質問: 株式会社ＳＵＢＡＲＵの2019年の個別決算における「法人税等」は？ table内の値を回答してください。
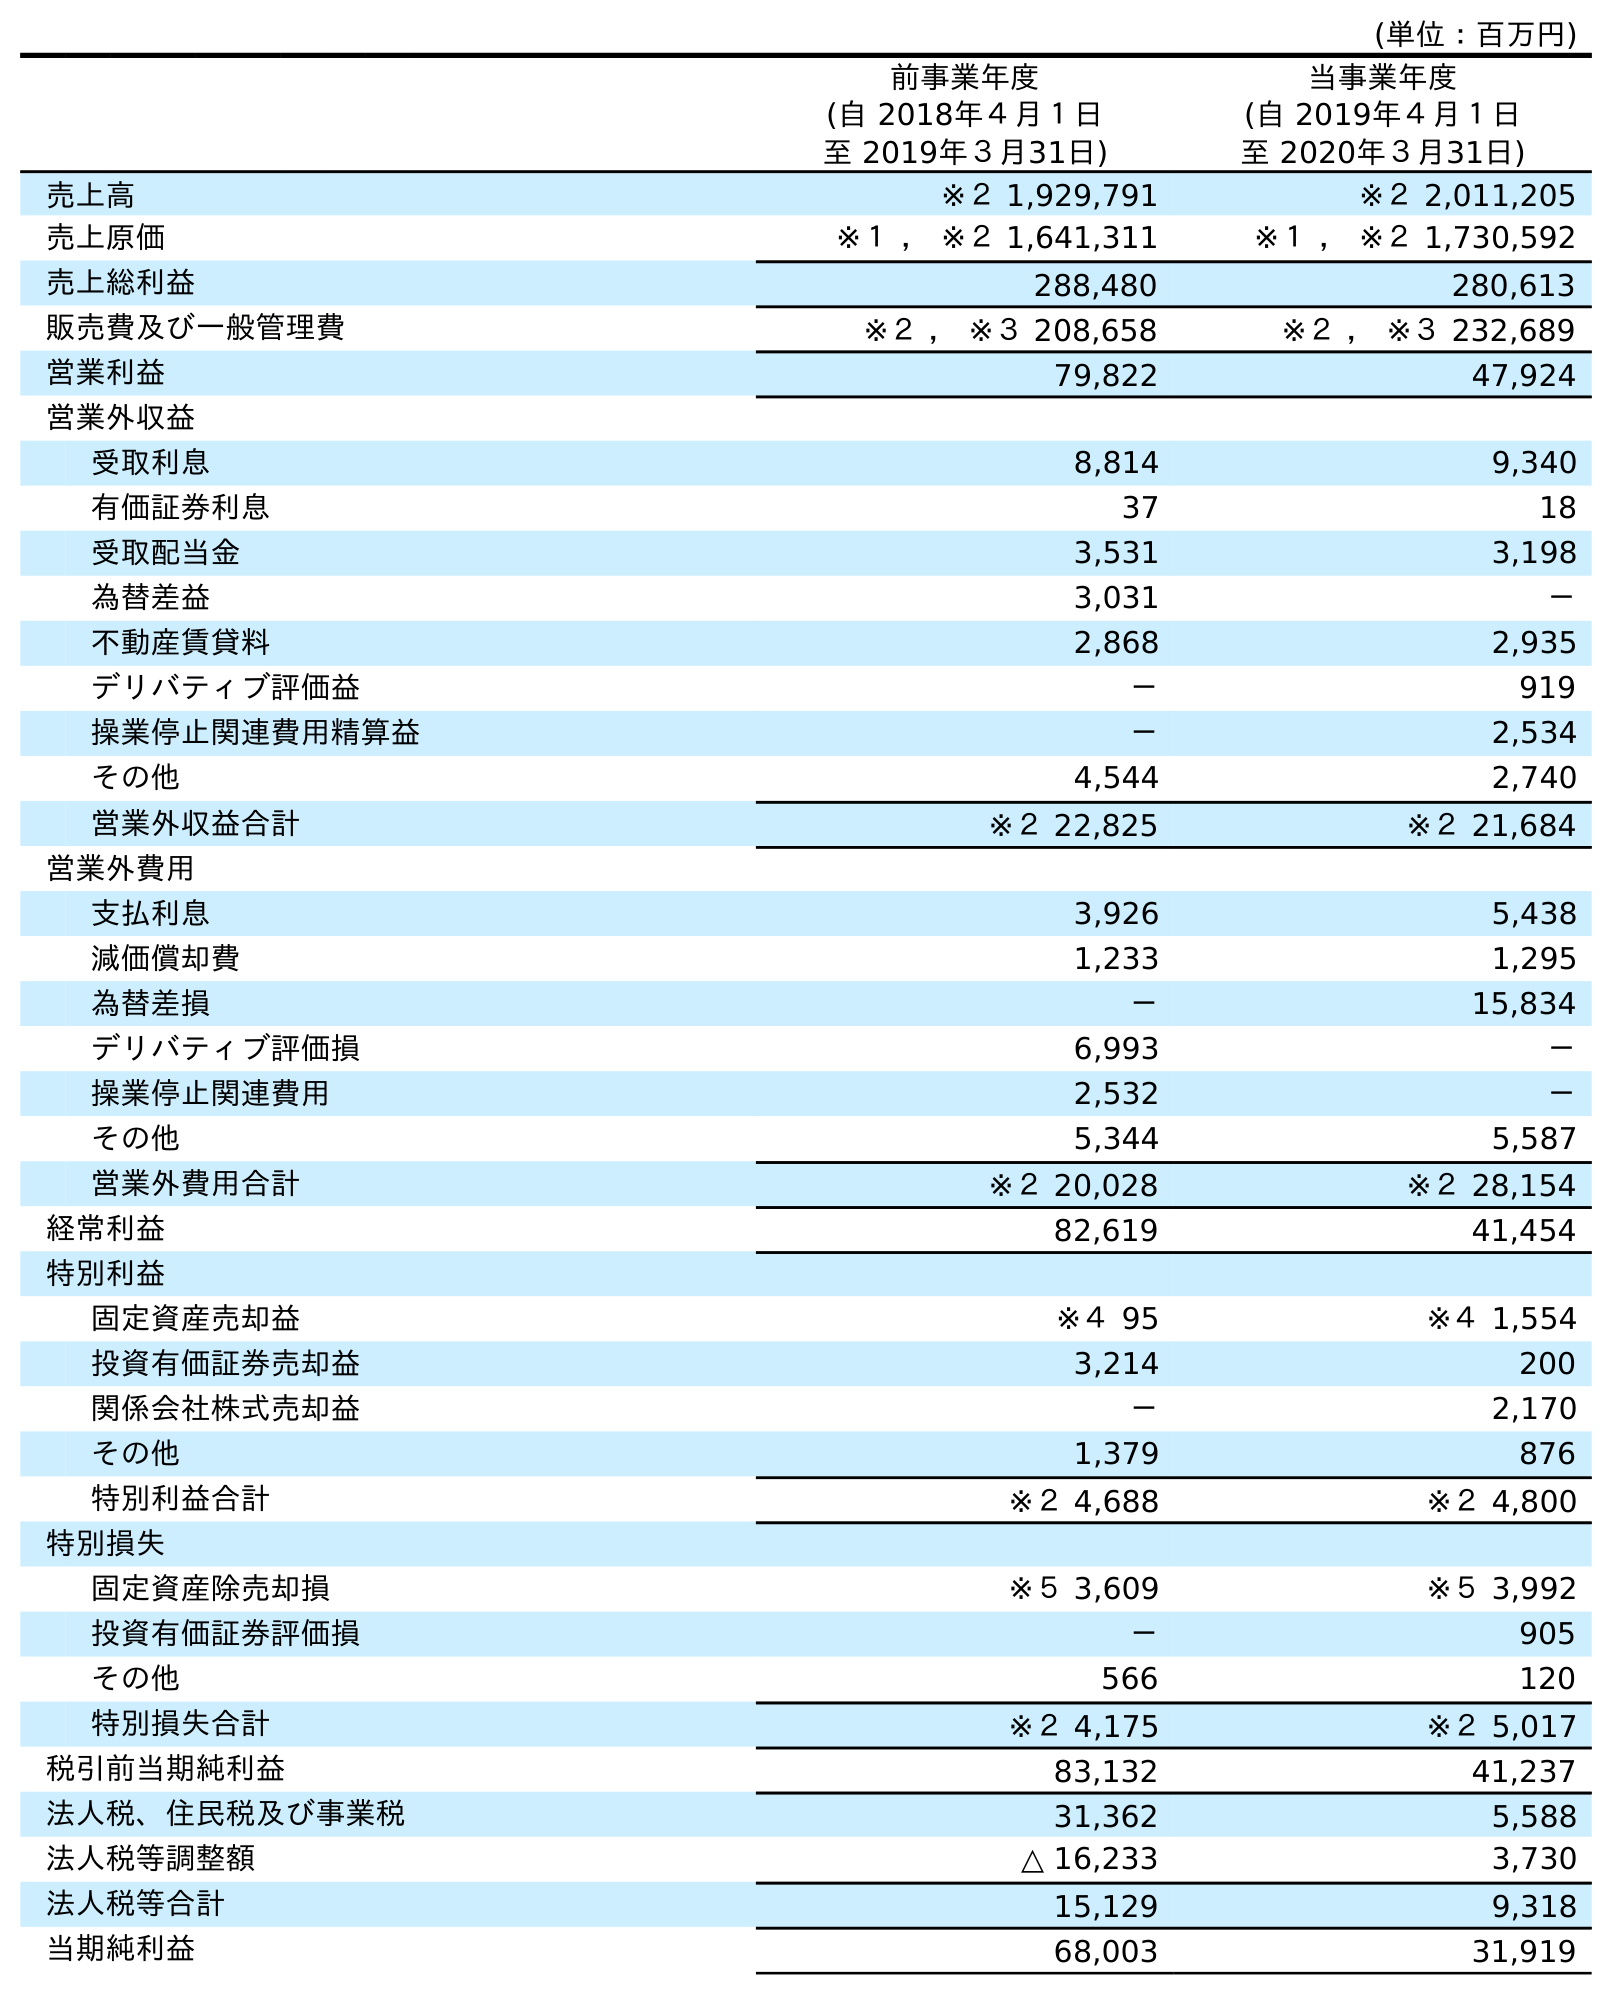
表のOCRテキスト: (単位：百万円) 前事業年度 (自 2018年４月１日 至 2019年３月31日) 当事業年度 (自 2019年４月１日 至 2020年３月31日) 売上高 ※２ 1,929,791 ※２ 2,011,205 売上原価 ※１ ， ※２ 1,641,311 ※１ ， ※２ 1,730,592 売上総利益 288,480 280,613 販売費及び一般管理費 ※２ ， ※３ 208,658 ※２ ， ※３ 232,689 営業利益 79,822 47,924 営業外収益 受取利息 8,814 9,340 有価証券利息 37 18 受取配当金 3,531 3,198 為替差益 3,031 － 不動産賃貸料 2,868 2,935 デリバティブ評価益 － 919 操業停止関連費用精算益 － 2,534 その他 4,544 2,740 営業外収益合計 ※２ 22,825 ※２ 21,684 営業外費用 支払利息 3,926 5,438 減価償却費 1,233 1,295 為替差損 － 15,834 デリバティブ評価損 6,993 － 操業停止関連費用 2,532 － その他 5,344 5,587 営業外費用合計 ※２ 20,028 ※２ 28,154 経常利益 82,619 41,454 特別利益 固定資産売却益 ※４ 95 ※４ 1,554 投資有価証券売却益 3,214 200 関係会社株式売却益 － 2,170 その他 1,379 876 特別利益合計 ※２ 4,688 ※２ 4,800 特別損失 固定資産除売却損 ※５ 3,609 ※５ 3,992 投資有価証券評価損 － 905 その他 566 120 特別損失合計 ※２ 4,175 ※２ 5,017 税引前当期純利益 83,132 41,237 法人税、住民税及び事業税 31,362 5,588 法人税等調整額 △ 16,233 3,730 法人税等合計 15,129 9,318 当期純利益 68,003 31,919
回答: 15,129